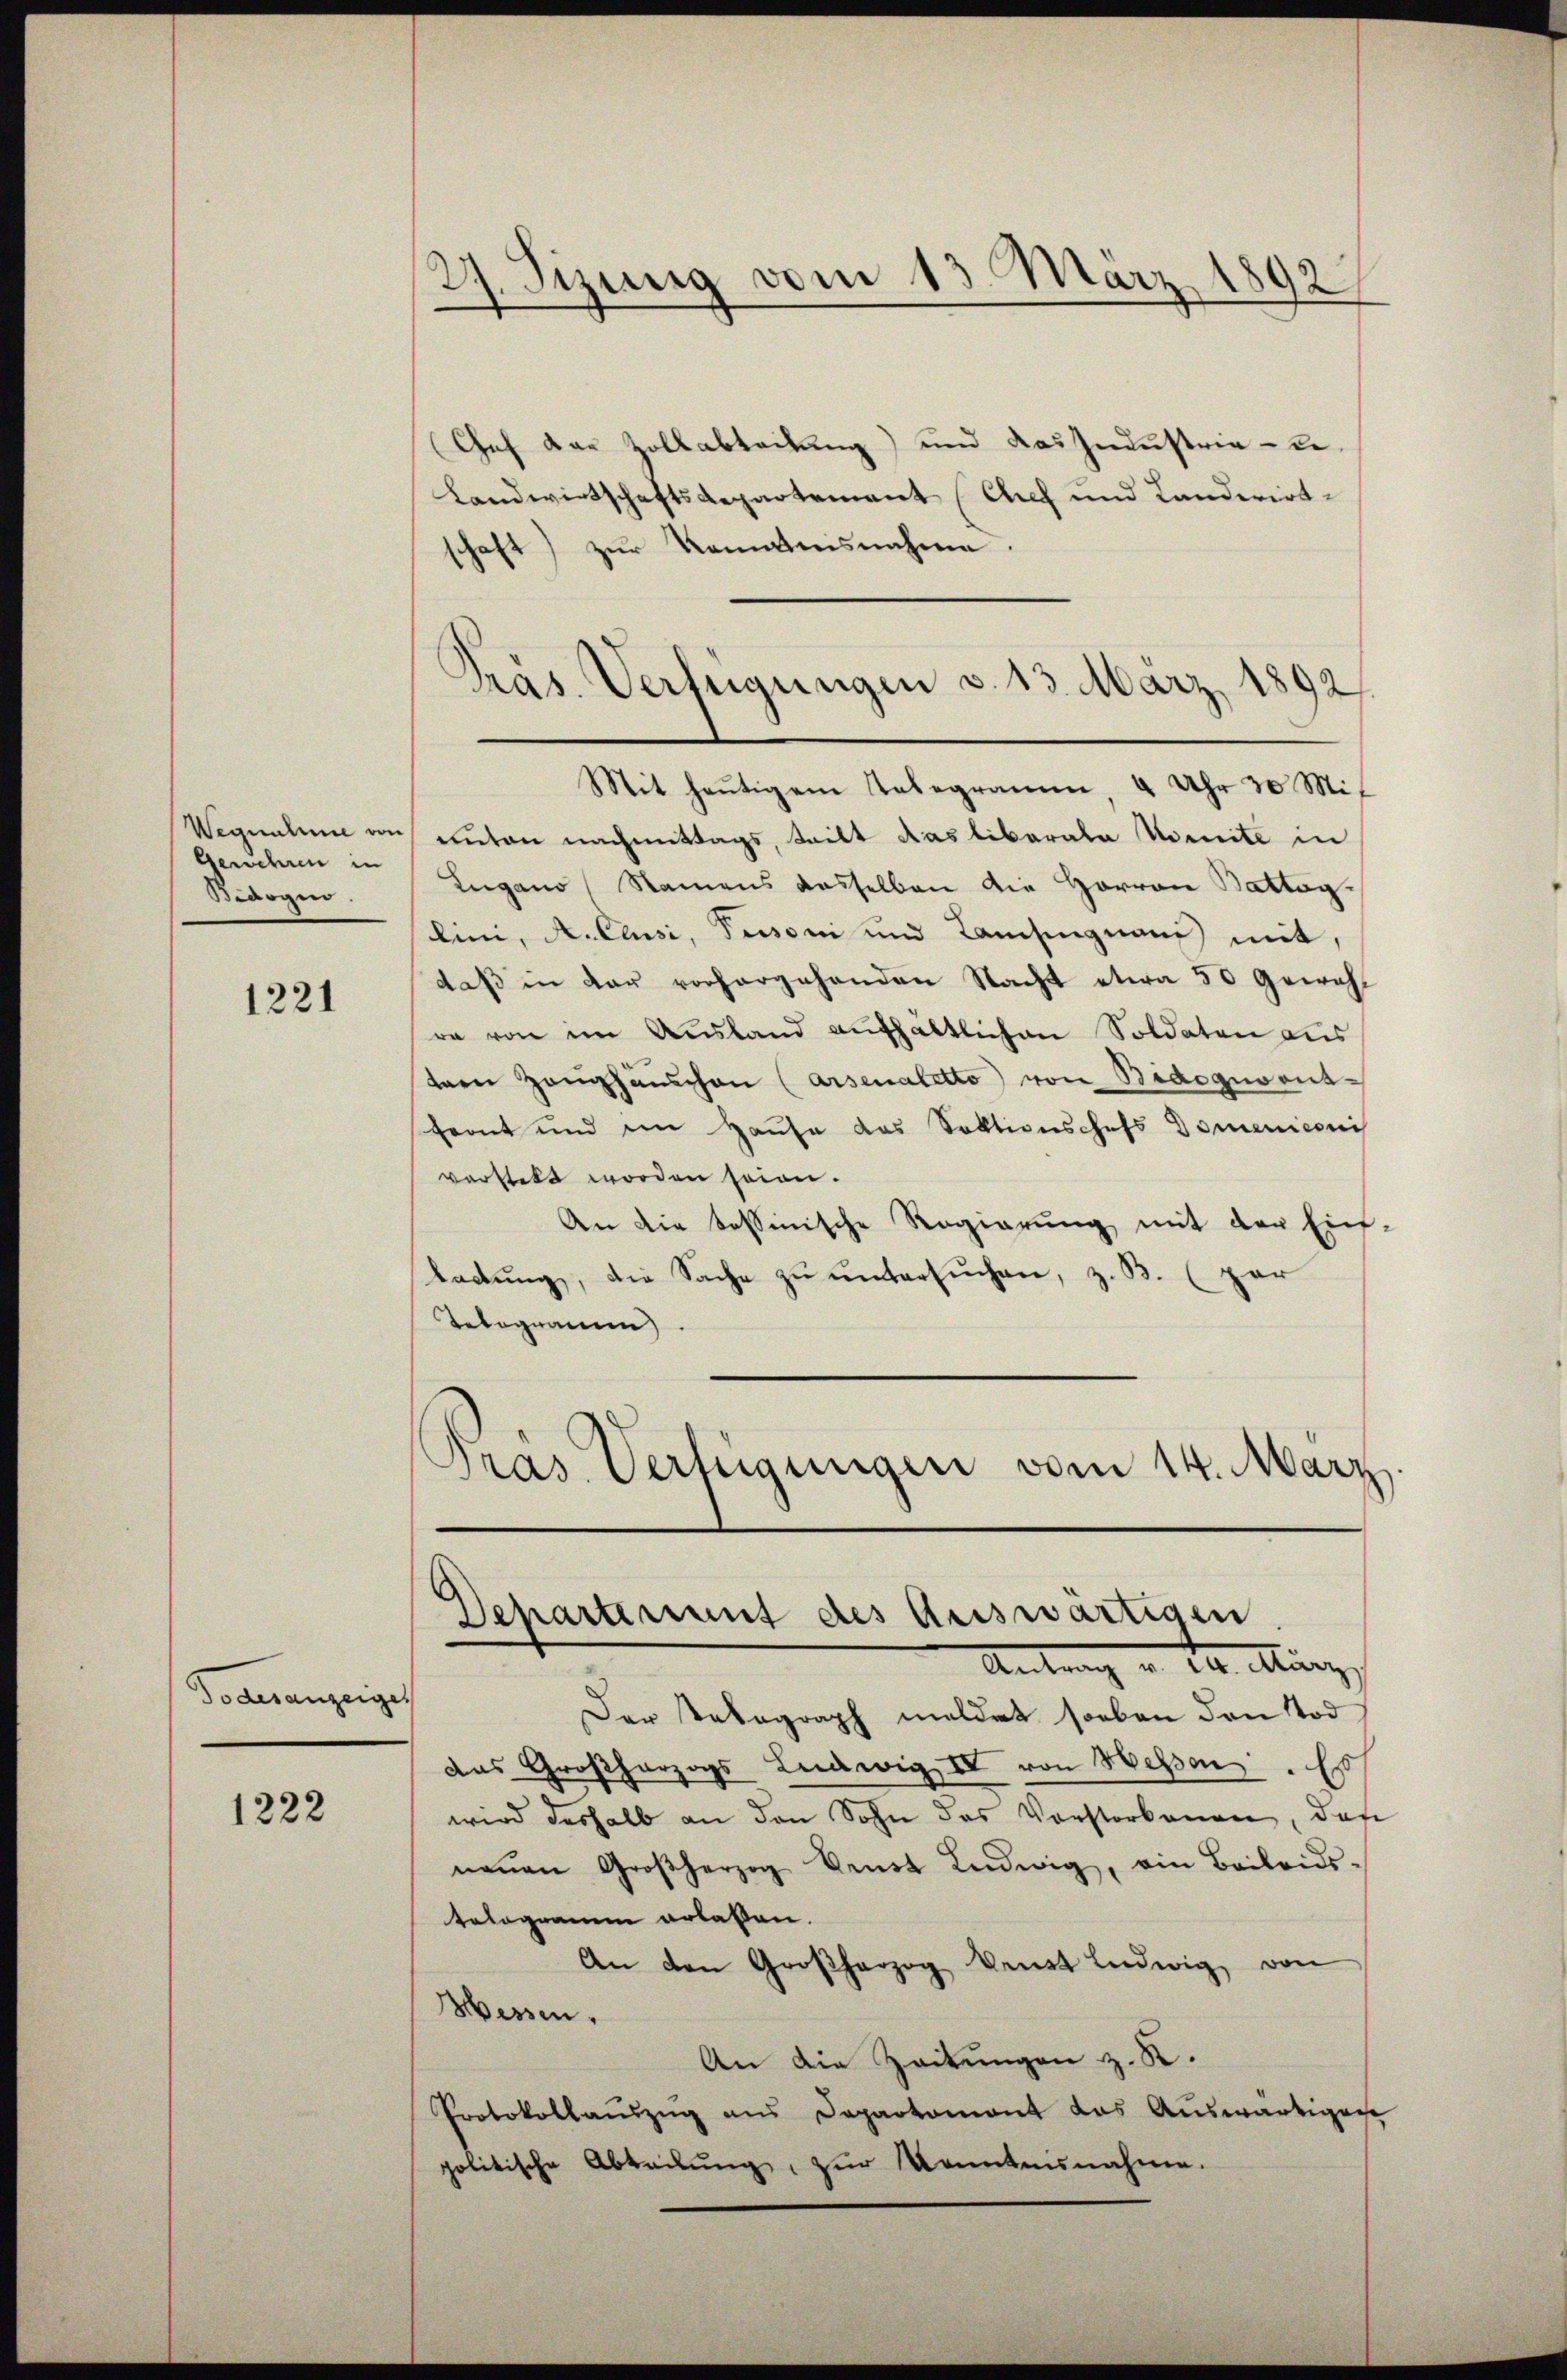
Gewehren in
Bidogio.

1221

Todesanzeiges

1222

27. Sizung vom 13. März 1892

Chef der Zollabteilung) und das Industria-Re¬
Landwirtschaftsdepartement (Auf und Landwirtschaft) zur Kenntnisnahme.
Wegnahme von einten nachmittags, teilt das liberale Komite in
Lugano Namens dasselben die Herren Battag.
ini, A. Cessi, Personi und Landingnau mit
daß in dar vorhergehenden Nacht etwa 50 Gewohra von im Ausland aŭfhältlichen Soldaten aus
tern Zeŭghaŭschen (Arsenaletto von Bidogusent-
front und im Hause das Sektionschefs Domeniconi
verstelt worden seien.
An die tessinische Regierung mit der Ein-
tadtung, die Sache zu untersuchen, z. B. (par
Telegramm
Pras Verfügungen vom 14. März.

Präs. Verfügungen v. 13. März 1892
Mit heŭtigem Telegramm, 4 Uhr 30. Mit

Departement des Auswärtigen
Antrag v. 12. März

Der Tabagraph meldet soeben den Tod
das Großherzogs Ludwig IV von Wessen. E
wird deshalb an den Sohn das Vorstorbenen, daß
neṅen Großherzog denst Ludwig, ein Beilans-
telogramm erlassen.
An den Großherzog denst Ludwig von
Hessen.
An die Zeitungen z. K.
Protokollaŭszŭg ans Departemont das Auswärtigen
politische Abteilŭng, zur Kenntnisnahme.